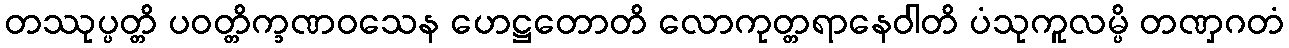
တဿုပ္ပတ္တိ ပဝတ္တိက္ခဏဝသေန ဟေဋ္ဌတောတိ လောကုတ္တရာနေဝါတိ ပံသုကူလမ္ပိ တဏှဂတံ